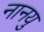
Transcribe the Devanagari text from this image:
नानयु